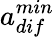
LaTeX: a_{dif}^{min}